Indian journal of veterinary science and animal husbandry - Volumes 15-17, 1948-1951
Year: 1948
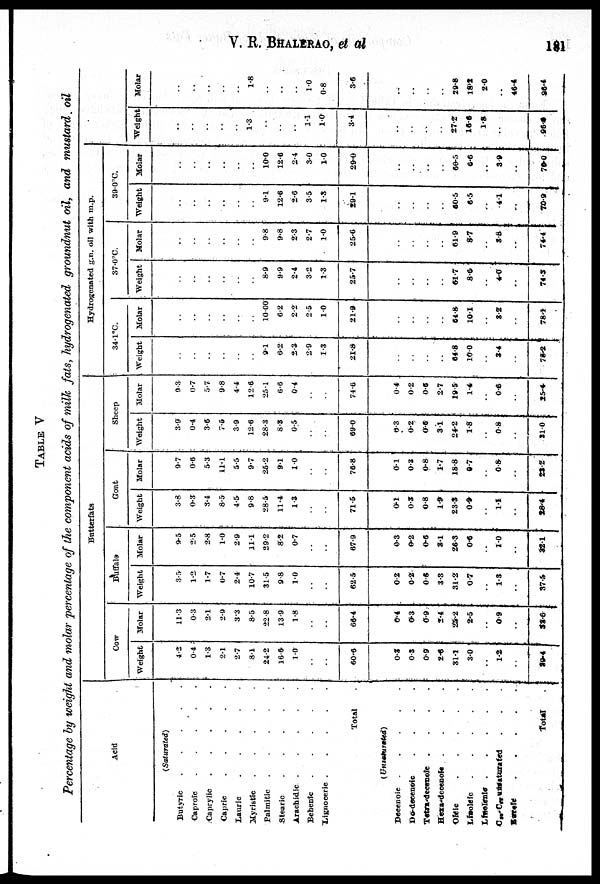
V. R. BHALERAO, et al
181
TABLE V
Percentage by weight and molar percentage of the component acids of milk fats, hydrogenated groundnut oil, and mustard oil
Acid
(Saturated)
Butyric
.
.
.
.
.
Caproic
.
.
.
.
.
Caprylic
.
.
.
.
.
Capric
.
.
.
.
.
Lauric
.
.
.
.
.
Myristic
.
.
.
.
.
Palmitic
.
.
.
.
.
Stearic
.
.
.
.
.
Arachidic .
.
.
.
.
Behepic
.
.
.
.
.
Lignoceric .
.
.
.
.
Total
(Unsaturated)
Decenoic .
.
.
.
.
Do-decenoic
.
.
.
.
Tetra-deconoie .
.
.
.
Hora-decenois . . . . .
Oleic
.
.
.
.
.
Linoleic . . . . .
Linolenic . . . . .
C 20 -C 22 unsaturated
Barefe . . . . .
Total .
Butterfats
Cow
Weight
4.2
0.4
1.3
2.1
2.7
8.1
24.2
16.6
1.0
..
..
60.6
0.3
0.3
0.9
2.6
31.1
3.0
..
1.2
..
30.4
Molar
11.3
0.3
2.1
2.9
3.3
8.5
22.8
13.9
1.8
..
..
66.4
0.4
0.3
0.9
2.4
26.2
2.5
..
0.9
38.6
Buffalo
Weight
3.5
1.2
1.7
0.7
2.4
10.7
31.5
9.8
1.0
..
..
62.5
0.2
0.2
O.6
3.3
31.2
0.7
..
1.3
..
37.5
Molar
9.5
2.5
2.8
1.0
2.9
11.1
29.2
8.2
0.7
..
..
67.9
0.3
0.2
0.6
3.1
26.3
0.6
..
1.0
..
32 1
Goat
Weight
3.8
0.3
3.4
8.5
4.5
9.8
28.5
11.4
1.3
..
..
71.5
0.1
0.3
0.8
1.9
23.3
0.9
..
1.1
..
28.4
Molar
9.7
0.6
5.3
11.1
5.5
9.7
25.2
9.1
1.0
..
..
78.8
0.1
0 3
0.8
1.7
18.8
0.7
..
0.8
..
23.2
Sheep
Weight
3.9
0.4
3.6
7.6
3.9
12.6
28.3
8.8
0.5
..
..
69.0
0.3
0.2
0.6
3.1
24.2
1.8
..
0.8
..
31.0
Molar
9.3
0.7
5.7
9.8
4.4
12.6
25.1
6.6
0.4
..
..
74.6
0.4
0.2
0.6
2.7
19.5
1.4
..
0.6
..
25.4
Hydrogenated g.n. oil with m.p.
34.1ºC.
Weight
..
..
..
..
..
..
9.1
6.2
2.3
2.9
1.3
21.8
..
..
..
64.8
10.0
..
3.4
..
78.2
Molar
..
..
..
..
..
..
10.00
6.2
2.2
2.5
1.0
21.9
..
..
..
64.8
10.1
..
82
..
78.1
37.0ºC.
Weight
..
..
..
..
..
..
8.9
9.9
2.4
3.2
1.3
25.7
..
..
..
61.7
8.6
..
4.0
..
74.5
Molar
..
..
..
..
..
..
9.8
9.8
2.3
2.7
1.0
25.6
..
..
..
61.9
8.7
..
3.8
..
74.4
39.0ºC.
Weight
..
..
..
..
..
..
9.1
12.6
2.6
3.5
1.3
29.1
..
..
..
60.5
6.5
..
4.1
..
70.9
Molar
..
..
..
..
..
..
10.0
12.6
2.4
3.0
1.0
29.0
..
..
..
60.5
6.6
..
3.9
..
70.0
Weight
..
..
..
..
..
1.3
..
..
..
1.1
1.0
3.4
..
..
..
27.2
16.6
1.8
..
..
96.6
Molar
..
..
..
..
..
1.8
..
..
..
1.0
0.8
3.6
..
..
..
29.8
18.2
2.0
..
46.4
96.4